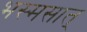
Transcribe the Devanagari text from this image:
भस्मसात्